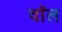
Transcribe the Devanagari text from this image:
वाॅल